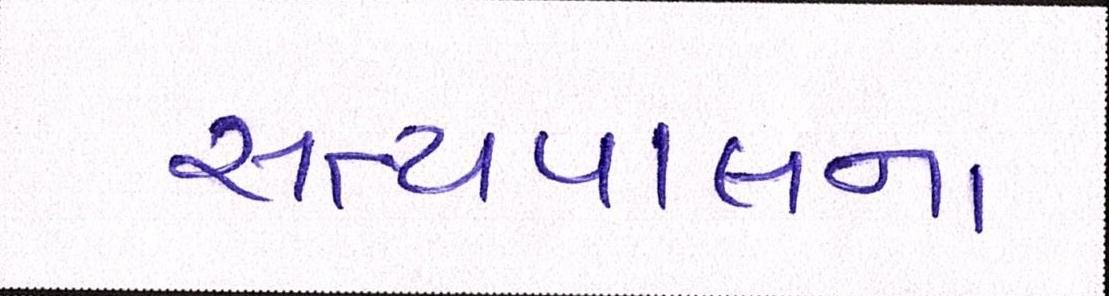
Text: સત્યપાલના